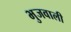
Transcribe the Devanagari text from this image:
भुजवाली